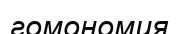
гомономия